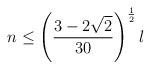
LaTeX: \begin{align*}n \le \left({3-2\sqrt{2} \over 30} \right)^{1\over 2}l\end{align*}